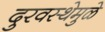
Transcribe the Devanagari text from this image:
दुरवस्थेमुळे